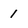
Character: 1